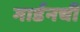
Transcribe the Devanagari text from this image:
गार्डनची